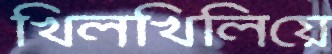
খিলখিলিয়ে